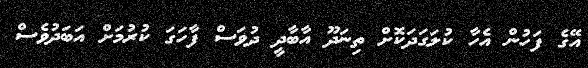
އޭގެ ފަހުން އެހާ ކުލަގަދަކޮށް ތިނަދޫ އާބާދީ ދުވަސް ފާހަގަ ކުރުމަށް އަބަދުވެސް